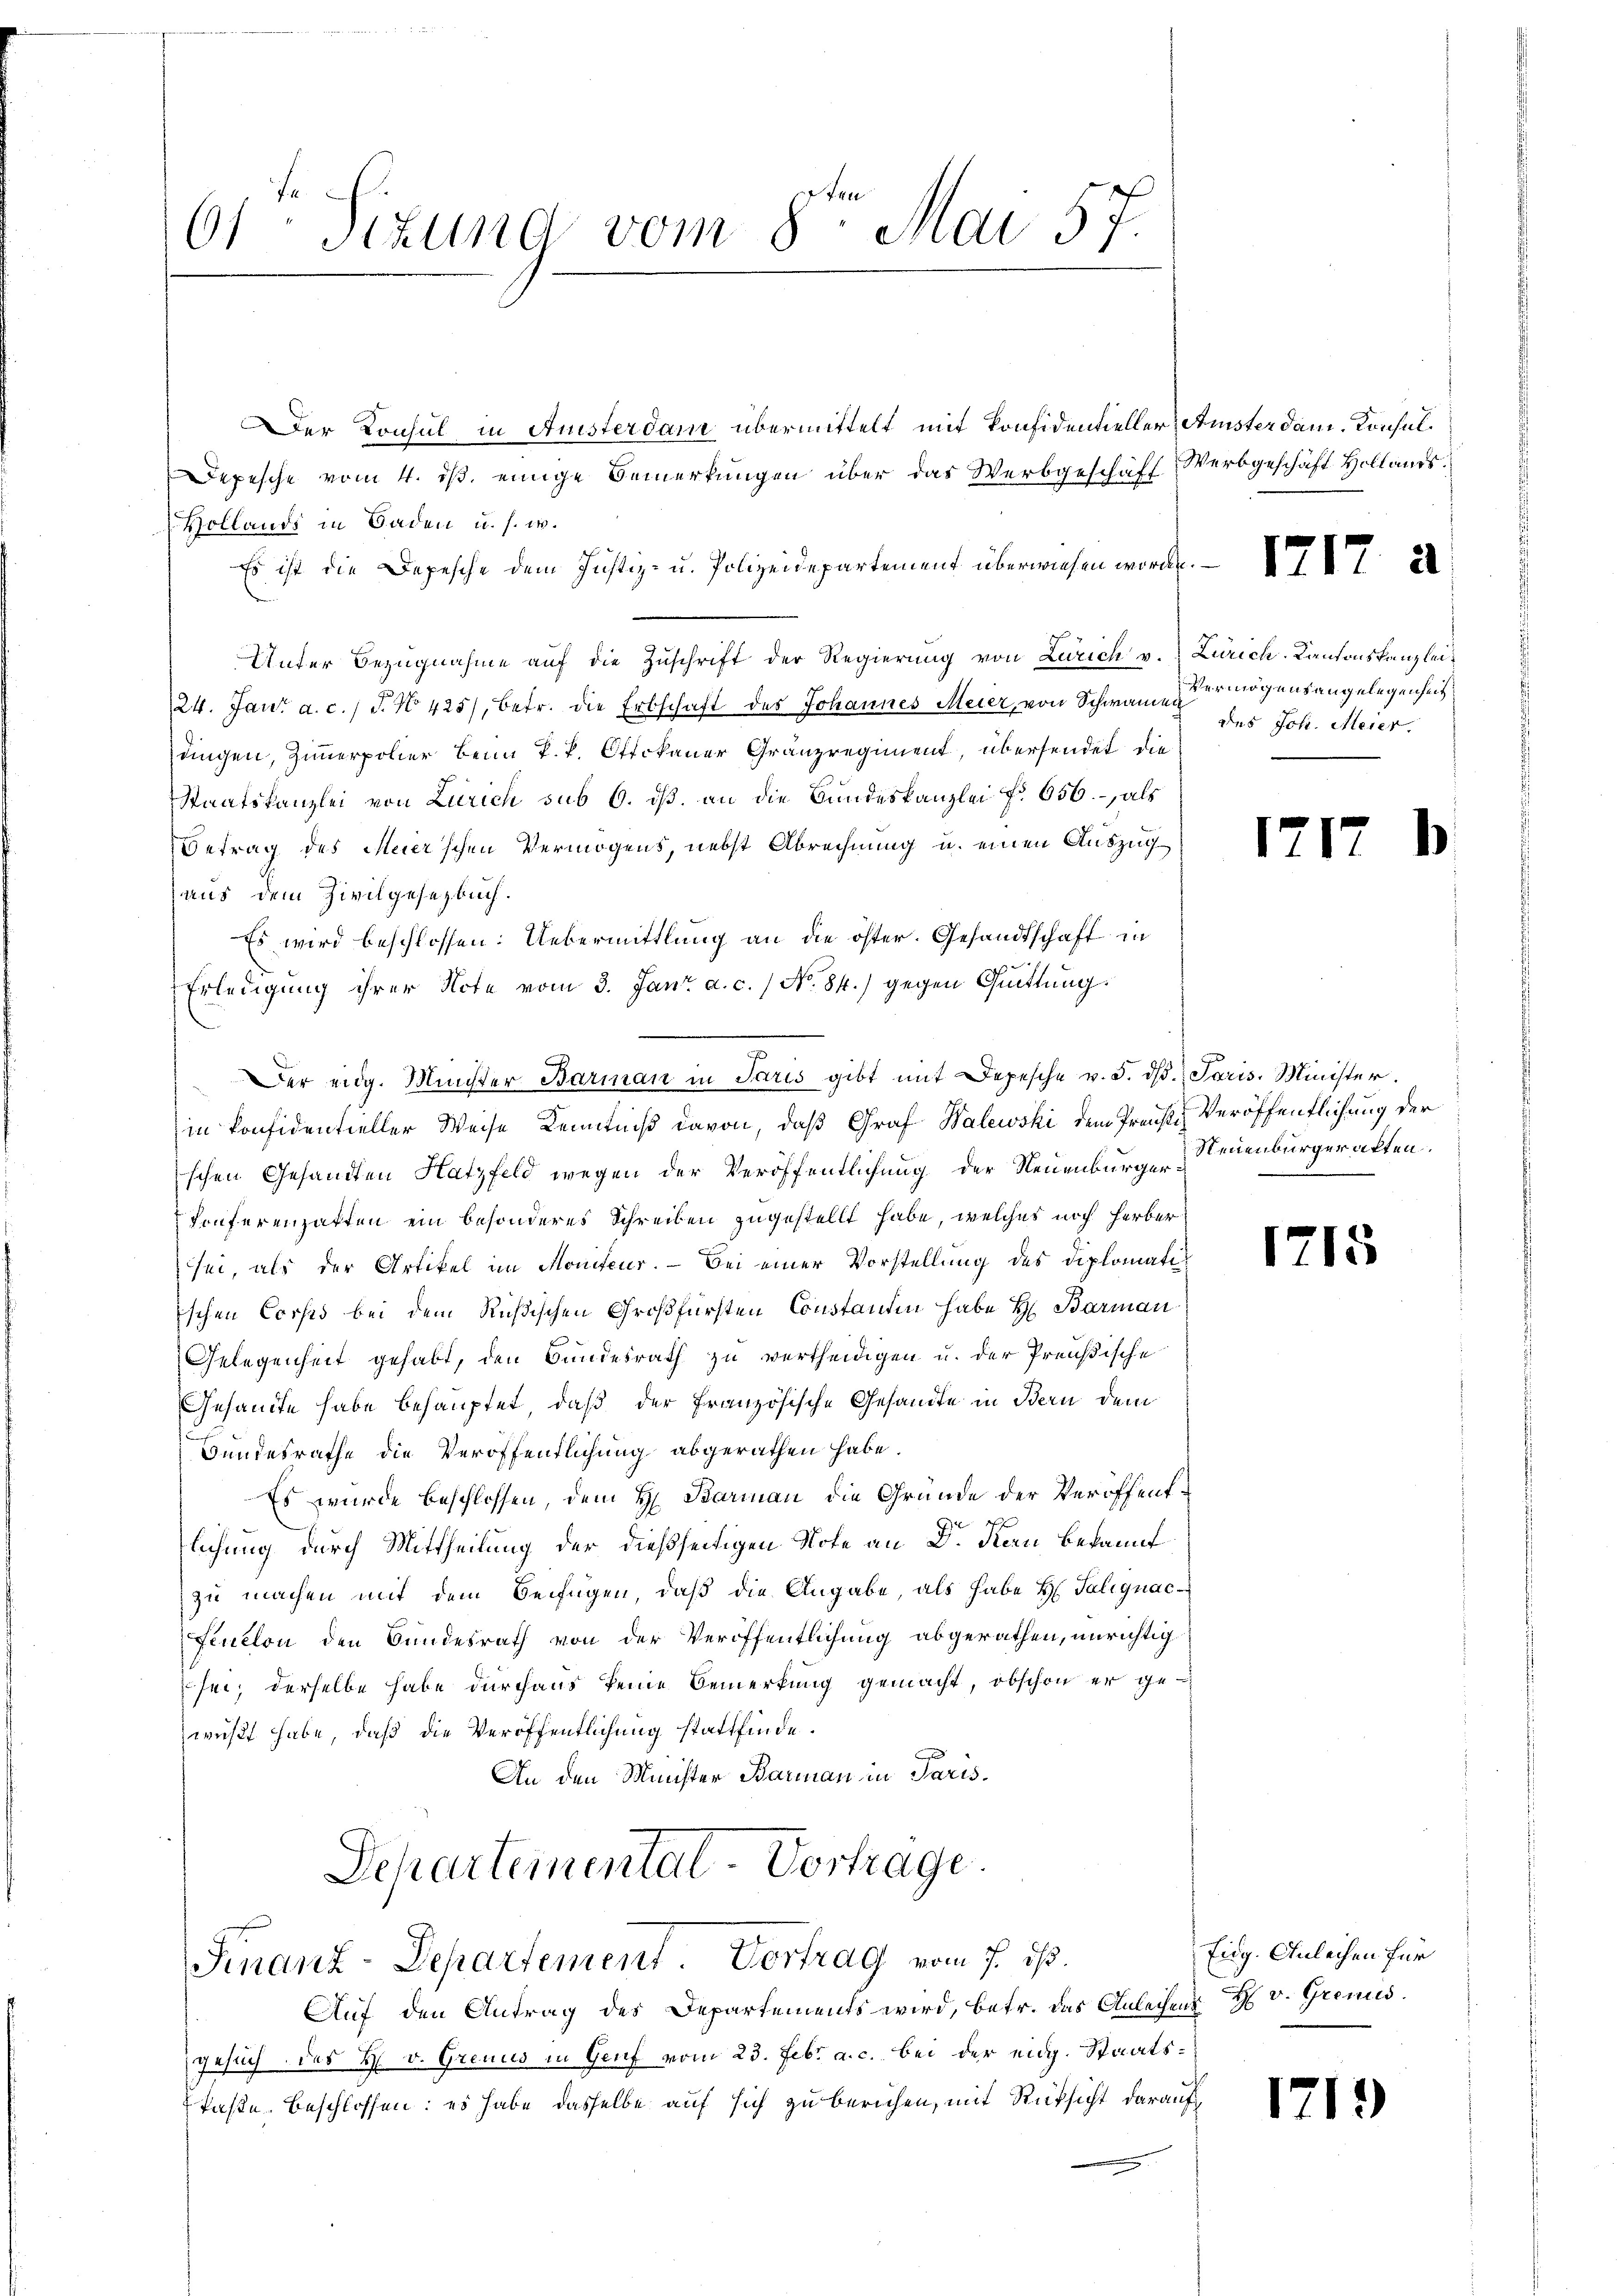
61 Sizung vom 8ten Mai 57.

Der Konsul in Anisterdam übermittelt mit Ponfidentieller, Amster dam. Konsul¬
Depesche vom 4. ds. einige Bemerkungen über das Werbgeschäft Werbgeschäft Hollaus
Hollands in Baden u. s. w.
Es ist die Depesche dem Justiz- u. Polizeidepartement überwiesen worden.
Unter Bezŭgnahme aŭf die Zŭschrift der Regierung von Zürich v. Zürich-Kantonskanzlei¬
24. Jan. a. c. J. No 425), betr. die Erbschaft des Johannes Meier, von Schwan ermögensangelegenheit,
dingen, Zimmerpolier beim P. P. Ottokaner Gränzregiment, übersendet die
Staatskanzlei von Zürich sub 6. ds. an die Bundeskanzlei No 656., als
Betrag des Meier’schen Vermögens, nebst Abrechnung u. einen Auszug
aus dem Zivilgesetzbuch.
Es wird beschlossen: Uebermittlung an die öster. Gesandtschaft in
Erledigung ihrer Note vom 3. Jan. a. c. / No. 84.) gegen Quittung.
in Considentieller Weise Kenntniß davon, daß Graf Walewski dem Preise Veröffentlichung der
schen Gesandten Hatzfeld wegen der Veröffentlichung der Neuenburger
Konferenzatten ein besonderes Schreiben zugestellt habe, welches noch herber
sei, als der Artikel im Moniteur. — Bei einer Vorstellung des Diplomatiischen Corsis bei dem Rußischen Großfürsten Constanden habe H: Barman
Gelegenheit gehabt, den Bundesrath zu vertheidigen u. der Preußische
Gesandte habe behauptet, daß der Französische Gesandte in Bern dem
Bundesrathe die Veröffentlichung abgerathen habe.
Es wurde beschlossen, dem H. Barman die Gründe der Veröffentlichung durch Mittheilung der dießseitigen Note an Dr. Kern bekannt
zu machen mit dem Beifügen, daß die Angabe, als habe H. Talignac¬
Flution den Bundesrath von der Veröffentlichung abgerathen, unrichtig
sei; derselbe habe durchaus keine Bemerkung gemacht, obschon er ge
wußt habe, daß die Veröffentlichung stattfinde.
An den Minister Barmann in Paris.

Der eidg. Minister Barman in Paris gibt mit Depesche v. 5. dβ. Paris. Minister.

Departemental-Vortrage.
Finanz-Departement. Vortrag vom 7. ist.

Auf den Antrag des Departements wird, betr. das Anleihen H v. Gremis
gesuch des H. v. Greund in Genf vom 23. Febr. a. c. bei der eidg. Staatstaße beschlossen: es habe dasselbe auf sich zu berichen, mit Rücksicht darauf

171

des Joh. Meier.

171

Neuenburgeratten.

1715

Eig. Anleihen für

1719